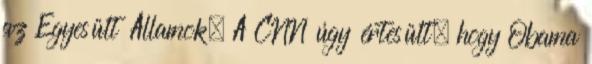
az Egyesült Államok. A CNN úgy értesült, hogy Obama